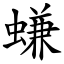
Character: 螊